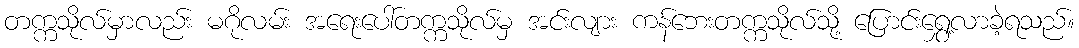
တက္ကသိုလ်မှာလည်း မဂိုလမ်း အရေးပေါ်တက္ကသိုလ်မှ အင်းလျား ကန်ဘေးတက္ကသိုလ်သို့ ပြောင်းရွှေ့လာခဲ့ရသည်။